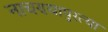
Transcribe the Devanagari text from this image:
नाचण्यापुरत्या